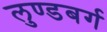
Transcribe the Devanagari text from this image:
लुण्डबर्ग